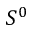
S ^ { 0 }